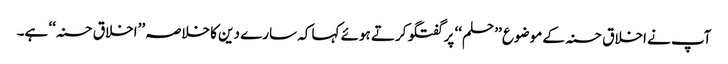
آپ نے اخلاق حسنہ کے موضوع ’’حلم‘‘ پر گفتگو کرتے ہوئے کہا کہ سارے دین کا خلاصہ ’’اخلاق حسنہ‘‘ ہے۔